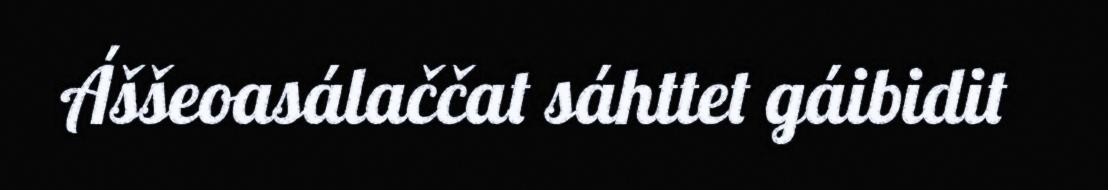
Áššeoasálaččat sáhttet gáibidit